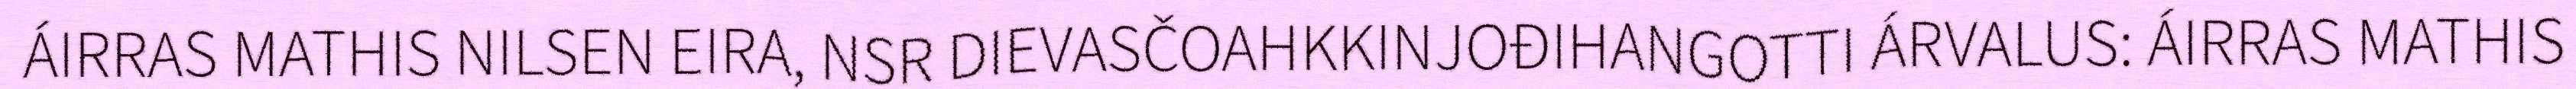
ÁIRRAS MATHIS NILSEN EIRA, NSR DIEVASČOAHKKINJOĐIHANGOTTI ÁRVALUS: ÁIRRAS MATHIS